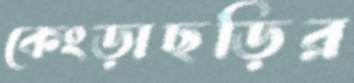
কেংড়াছড়ির